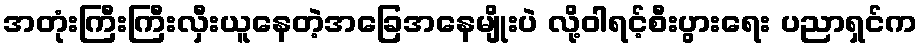
အတုံးကြီးကြီးလှီးယူနေတဲ့အခြေအနေမျိုးပဲ လို့ဝါရင့်စီးပွားရေး ပညာရှင်က